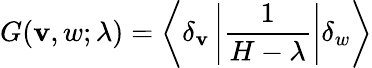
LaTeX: G(\mathbf{v},w;\lambda)=\left\langle\delta_{\mathbf{v}}\left|{\frac{{1}}{{H-\lambda}}}\right|\delta_{w}\right\rangle